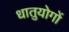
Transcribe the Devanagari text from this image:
धातुयोगों